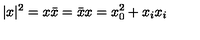
| x | ^ { 2 } = x \bar { x } = \bar { x } x = x _ { 0 } ^ { 2 } + x _ { i } x _ { i }